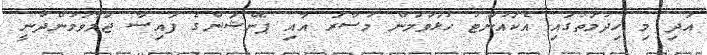
އަދި މި ހިދުމަތުގައި އެކައުންޓު ހުޅުވުމުން މުސާރަ އާއި ޕެންޝަންގެ ފައިސާ ޖަމާވަމުންދާނީ